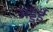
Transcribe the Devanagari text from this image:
अड्डई